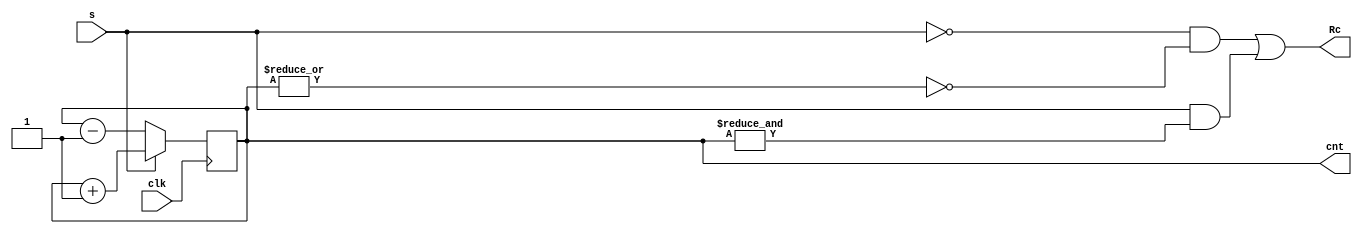
module Counter4bRev(clk, s, cnt, Rc);
    input wire clk, s;  // s = 0: decrement; s = 1: increment
    output reg [3:0] cnt;
    output wire Rc;

    initial cnt = 0;

    assign Rc = (~s & (~|cnt)) | (s & (&cnt));
    always @ (posedge clk) begin
        if (s)
            cnt <= cnt + 1;
        else
            cnt <= cnt - 1;
    end
endmodule